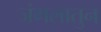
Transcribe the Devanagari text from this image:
जंगलातुन